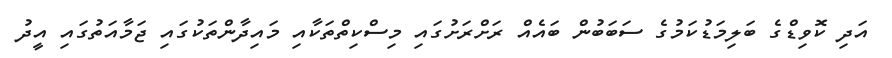
އަދި ކޮވިޑްގެ ބަލިމަޑުކަމުގެ ސަބަބުން ބައެއް ރަށްރަށުގައި މިސްކިތްތަކާއި މައިދާންތަކުގައި ޖަމާއަތުގައި އީދު